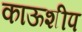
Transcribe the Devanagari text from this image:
काऊशीप